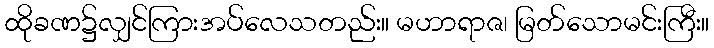
ထိုခဏ၌လျှင်ကြားအပ်လေသတည်း။ မဟာရာဇ၊ မြတ်သောမင်းကြီး။